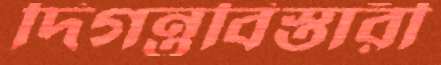
দিগন্তবিস্তারী